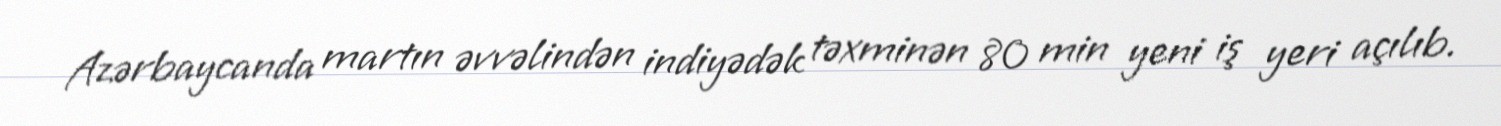
Azərbaycanda martın əvvəlindən indiyədək təxminən 80 min yeni iş yeri açılıb.